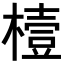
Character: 𪳮